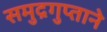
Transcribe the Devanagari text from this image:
समुद्रगुप्ताने